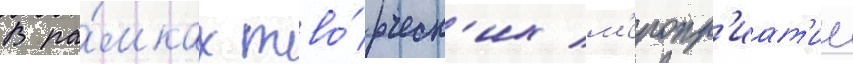
В ра́мках тво́рческ'их м'еропр'иат'ии